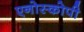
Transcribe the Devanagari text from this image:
एनोस्कोपी